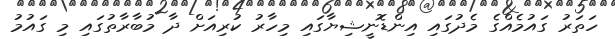
ހަތަރު ގައުމެއްގެ މެދުގައި އިންޑޮނީޝިޔާގައި މިހާރު ކުރިއަށް ދާ މުބާރާތުގައި މި ގައުމު